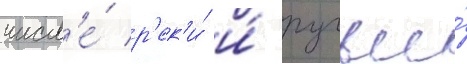
числ'е́ р'ек'и́ и́ ручьи́